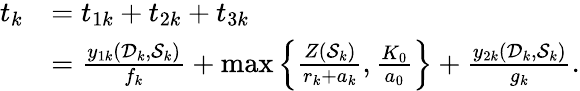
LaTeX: \begin{array}{rl}{t_{k}}&{=t_{1k}+t_{2k}+t_{3k}}\\ &{=\frac{y_{1k}(\mathcal D_{k},\mathcal S_{k})}{f_{k}}+\operatorname*{max}\left\{ \frac{Z(\mathcal S_{k})}{r_{k}+a_{k}},\frac{K_{0}}{a_{0}}\right\} +\frac{y_{2k}(\mathcal D_{k},\mathcal S_{k})}{g_{k}}.}\end{array}